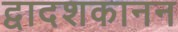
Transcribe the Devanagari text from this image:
द्वादशकानन